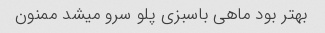
بهتر بود ماهی باسبزی پلو سرو میشد ممنون